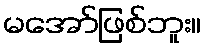
မအော်ဖြစ်ဘူး။